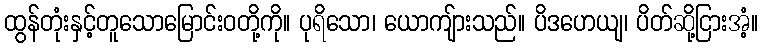
ထွန်တုံးနှင့်တူသောမြောင်းဝတို့ကို။ ပုရိသော၊ ယောကျ်ားသည်။ ပိဒဟေယျ၊ ပိတ်ဆို့ငြားအံ့။